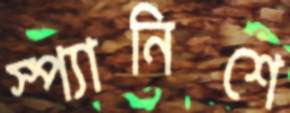
স্প্যানিশে